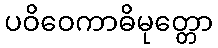
ပဝိဝေကာဓိမုတ္တော